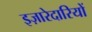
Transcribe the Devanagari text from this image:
इज़ारेदारियों